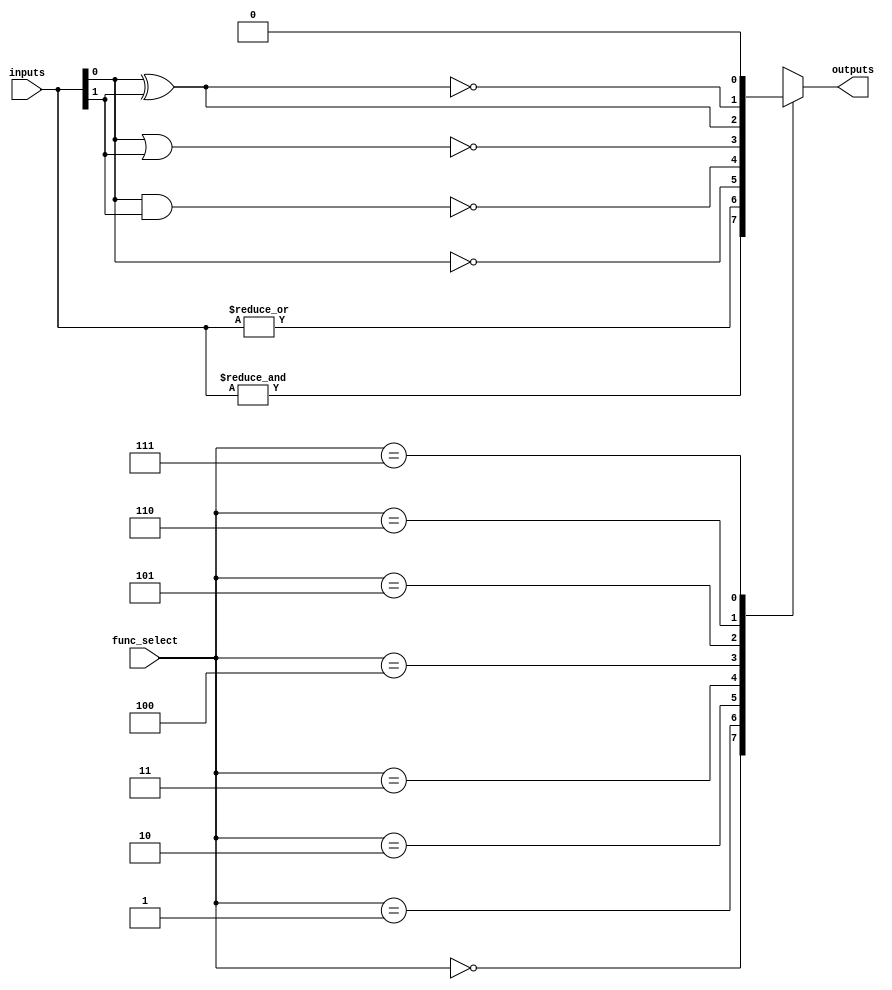
module combinational_logic_block #(
    parameter N = 4,  // Number of inputs
    parameter M = 1   // Number of outputs
)(
    input  wire [N-1:0] inputs,       // N-bit input vector
    input  wire [2:0]  func_select,    // Function select lines (3 bits can select 8 functions)
    output reg  [M-1:0] outputs         // M-bit output vector
);

// Define the logic functions based on func_select
always @(*) begin
    case (func_select)
        3'b000: outputs = &inputs;                          // AND
        3'b001: outputs = |inputs;                          // OR
        3'b010: outputs = ~inputs[0];                       // NOT (inverts only the first input)
        3'b011: outputs = ~(inputs[0] & inputs[1]);        // NAND
        3'b100: outputs = ~(inputs[0] | inputs[1]);        // NOR
        3'b101: outputs = inputs[0] ^ inputs[1];           // XOR
        3'b110: outputs = ~(inputs[0] ^ inputs[1]);        // XNOR
        3'b111: outputs = 1'b0;                              // Default case (can be modified)
        default: outputs = 1'b0;
    endcase
end

endmodule